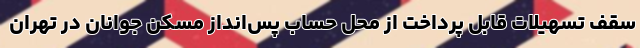
سقف تسهیلات قابل پرداخت از محل حساب پس‌انداز مسکن جوانان در تهران